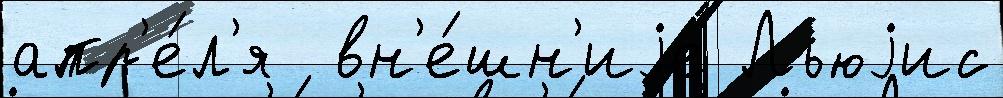
апр'е́л'я  вн'е́шн'иjе Льюjис